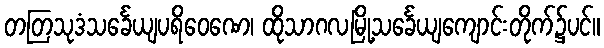
တတြသုဒံသင်္ခေယျပရိဝေဏေ၊ ထိုသာဂလမြို့သင်္ခေယျကျောင်းတိုက်၌ပင်။